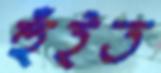
হুঁইত